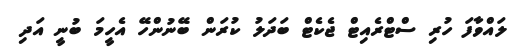
ލައްވާފަ ހުރި ސްޓްރެއިޓް ޖެކެޓް ބަދަލު ކުރަން ބޭނުންހޭ އެހީމަ ބުނީ އަދި